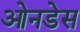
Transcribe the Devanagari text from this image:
ओनडेस